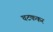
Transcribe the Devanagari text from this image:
चटककर